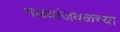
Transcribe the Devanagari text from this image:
मळ्यांजवळच्या